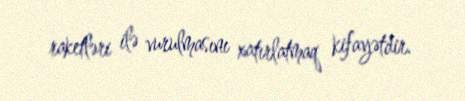
raketləri ilə vurulmasını xatırlatmaq kifayətdir.